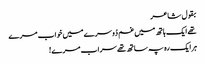
بقول شاعر
تھے ایک ہاتھ میں غم دُوسرے میں خواب مرے
ہرایک رہ پہ ساتھ تھے سراب مرے!